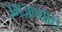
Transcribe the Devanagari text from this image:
उमजण्यास